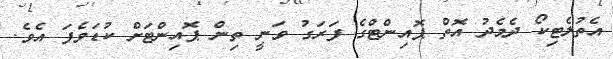
އެތުލެޓިކޯ ދެމެދު އޮތް ޕޮއިންޓްގެ ފަރަގު ވަނީ ތިން ޕޮއިންޓަށް ކުޑަވެފަ އެވެ.